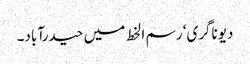
دیوناگری‘ رسم ا لخط میں حیدرآباد۔